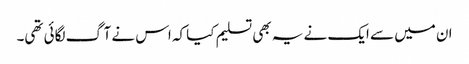
ان میں سے ایک نے یہ بھی تسلیم کیا کہ اس نے آگ لگائی تھی۔